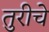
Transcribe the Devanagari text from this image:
तुरीचे